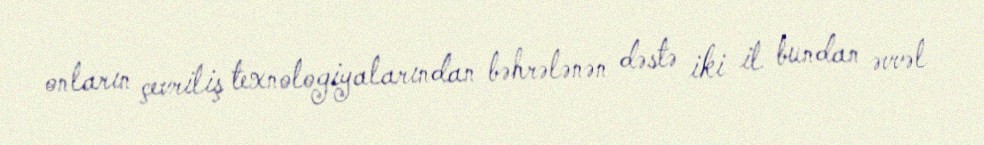
onların çevriliş texnologiyalarından bəhrələnən dəstə iki il bundan əvvəl